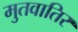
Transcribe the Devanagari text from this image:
मुतवातिर